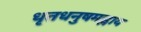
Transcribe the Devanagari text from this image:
धृतधनुषमह्नाय